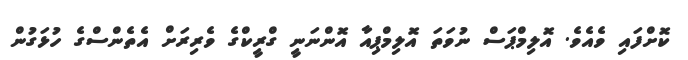
ކޮށްފައި ވެއެވެ. އޮލިމްޕަސް ނުވަތަ އޮލިމްޕިއާ އޮންނަނީ ގްރީކްގެ ވެރިރަށް އެތެންސްގެ ހުޅަގުން